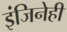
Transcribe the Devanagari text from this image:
इंजिनेही